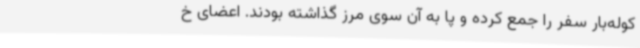
کوله‌بار سفر را جمع کرده و پا به آن سوی مرز گذاشته بودند. اعضای خ